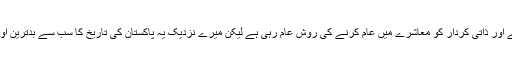
یوں تو عزتیں اچھالنے اور ذاتی کردار کو معاشرے میں عام کرنے کی روش عام رہی ہے لیکن میرے نزدیک یہ پاکستان کی تاریخ کا سب سے بدترین اور بد اخلاق واقعہ ہے۔